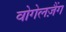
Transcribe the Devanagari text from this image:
वोगेलज़ैंग